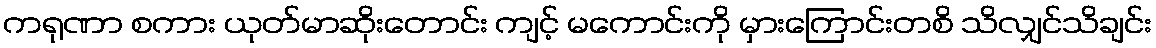
ကရုဏာ စကား ယုတ်မာဆိုးတောင်း ကျင့် မကောင်းကို မှားကြောင်းတစိ သိလျှင်သိချင်း